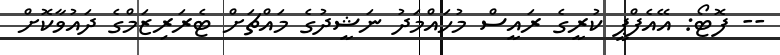
-- ފޮޓޯ: އޭއެފްޕީ ކުރީގެ ރައީސް މުހައްމަދު ނަޝީދުގެ މައްޗަށް ޓެރަރިޒަމްގެ ދައުވާކޮށް